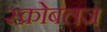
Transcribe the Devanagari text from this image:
स्क्रोबलज